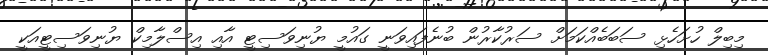
މިބިލް ހުށަހެޅި ސަބަބެއްކަމަށް ސަރުކާރުން ބުނެފައިވަނީ ގައުމީ ޔުނިވަސިޓީ އާއި އިސްލާމިކް ޔުނިވަސިޓީއަކީ